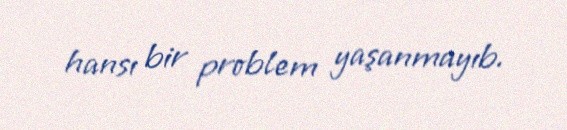
hansı bir problem yaşanmayıb.